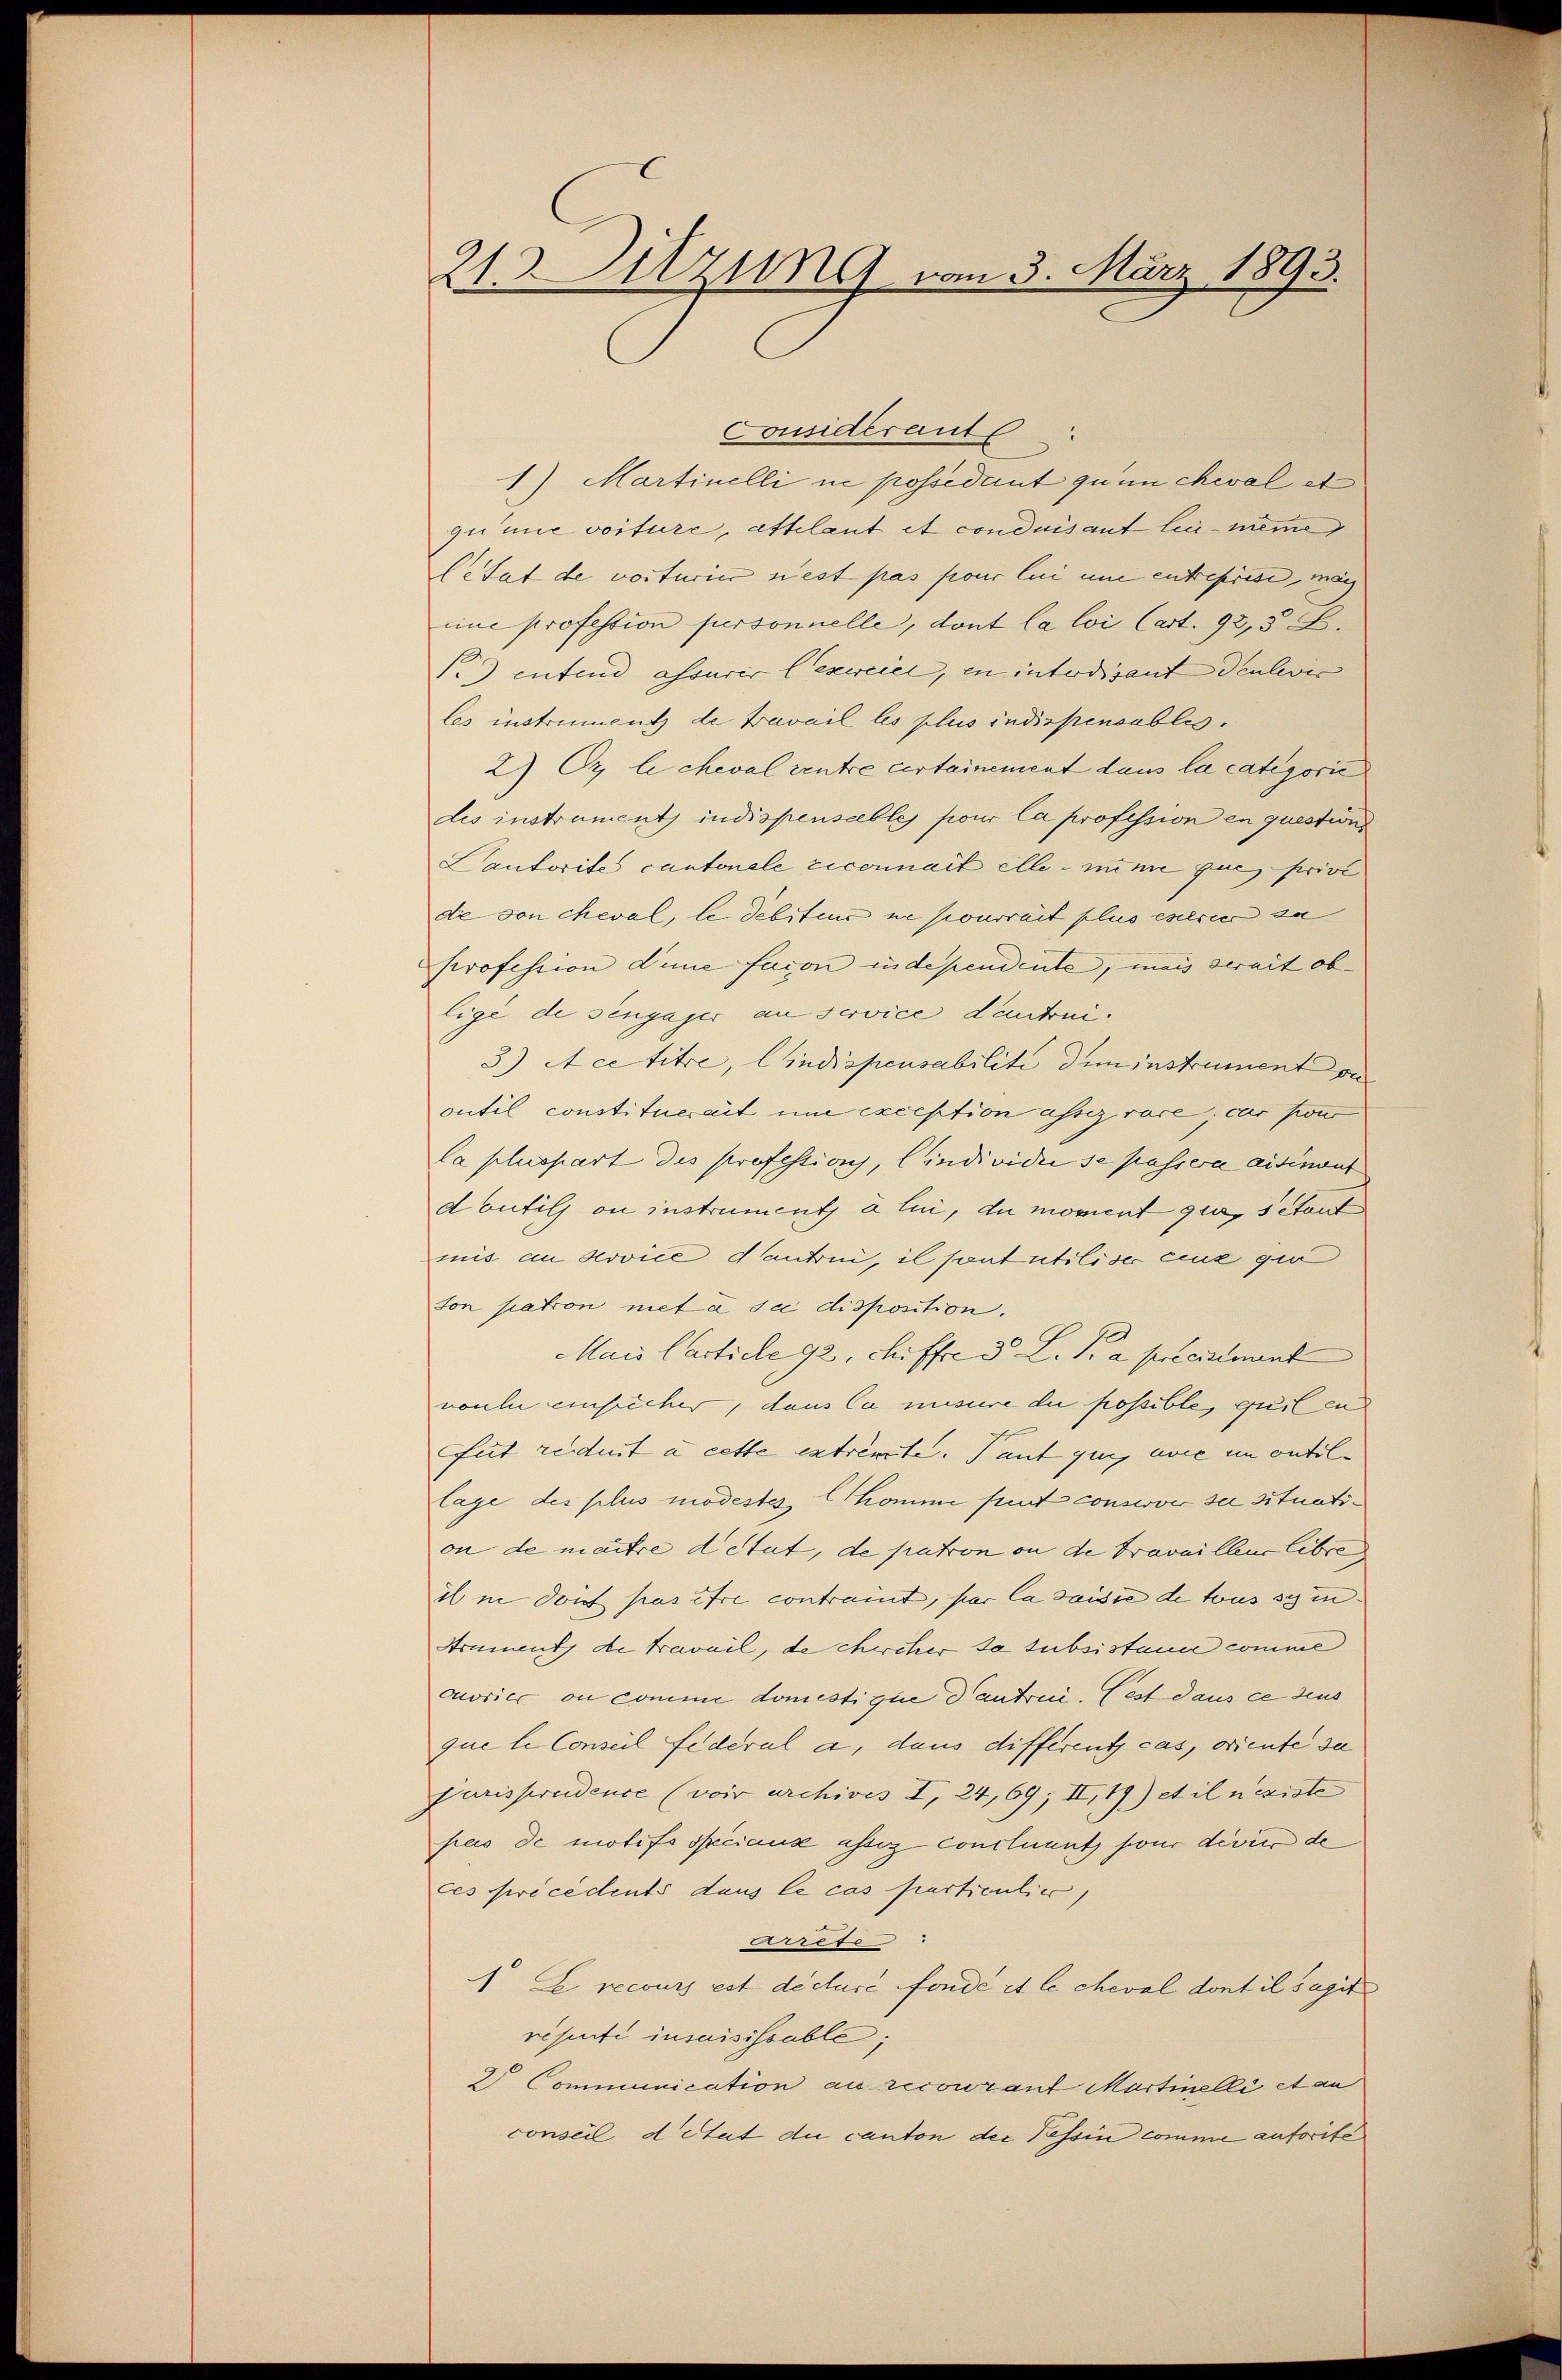
213. Sitzung vom 3. März 1893.

Considerant
1) Martinelli ne possédant quin cheval et
guine voiture, attlaut et conduis aut le meine
Cetat de voiturier siest pas pour lei eine entreprise, mag
mne profession personnelle, dont la loi Cart. 925.
) entend assurer lexieiel, in interdisant denlever |
les instrument de travail les plus indispensables.
2) Er le cheval rentre certainement dans la categorie
dis instrument, indispensables pour la profession en question
Lautorites cantonale reconnait elle nime que prive
de von cheval, le debitius ne pourrait plus estrie so
Profession dene facon independente, mais serait ob-
ligé de sengager an service dautrui¬
3) A ce titre, indispensabilite dem instrument au
outil constituerait um exception assez vare cas son
la pluspart des Professions, individie se passera aidinant
d utils ou instrument à lui, du moment qui, setont
mis an Service antrin, il sont utiliser einz gut
ton patron met à sie disposition.
Mais Carticle 92, chiffre d. L. P. a. praestiment
woule einsicher, dans la misure die possible, qui en
uit reduit à cette extremste. Tant qui avie en outil-
lage des plus modestes komme peut conserve sie situation de maitre détut, de patron an de travailleur libren
is in dont pas être contrait, par la saisie de tous sein
Arument de travail, de chircher sa subsistance comme
onorier, on comme domistique d’autrui. Cest dans ce dies
que le Conseil federal a, dans différents cas, diente sie
Furisprudence (voir archives I, 24,69; II, 19) et il nexiste
pus de motifs spéciaux assiz - Concluent pour devier de
ces précédents dans le cas particulier,
Arrefe
1 E recours est décuré fonde et le cheval dont il sagt
résentie insaisissable;
2 Communication au recourant Martinelli et an
conseil détat du canton der Tessin comme autorite